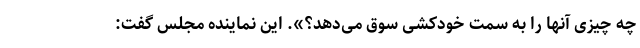
چه چیزی آنها را به سمت خودکشی سوق می‌دهد؟». این نماینده مجلس گفت: